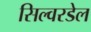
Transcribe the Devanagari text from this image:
सिल्वरडेल